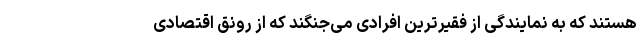
هستند که به نمایندگی از فقیرترین افرادی می‌جنگند که از رونق اقتصادی